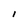
Character: l